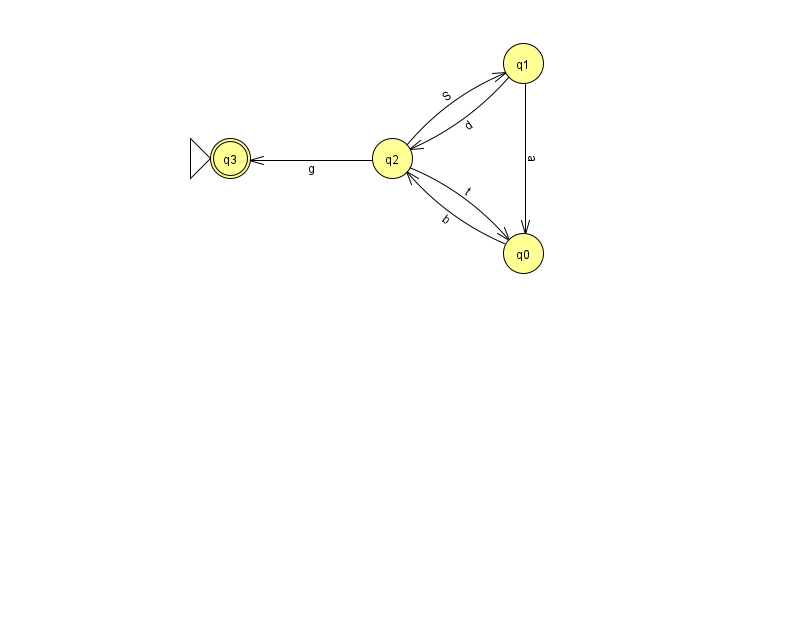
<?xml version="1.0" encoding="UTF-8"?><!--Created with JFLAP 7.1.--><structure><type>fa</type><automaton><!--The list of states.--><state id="0" name="q0"><x>523.0</x><y>240.0</y></state><state id="1" name="q1"><x>523.0</x><y>50.0</y></state><state id="2" name="q2"><x>392.0</x><y>145.0</y></state><state id="3" name="q3"><x>230.0</x><y>145.0</y><initial/><final/></state><!--The list of transitions.--><transition><from>0</from><to>2</to><read>b</read></transition><transition><from>2</from><to>0</to><read>t</read></transition><transition><from>1</from><to>0</to><read>a</read></transition><transition><from>2</from><to>1</to><read>S</read></transition><transition><from>1</from><to>2</to><read>d</read></transition><transition><from>2</from><to>3</to><read>g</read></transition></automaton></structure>